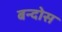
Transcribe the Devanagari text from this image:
बन्दोस